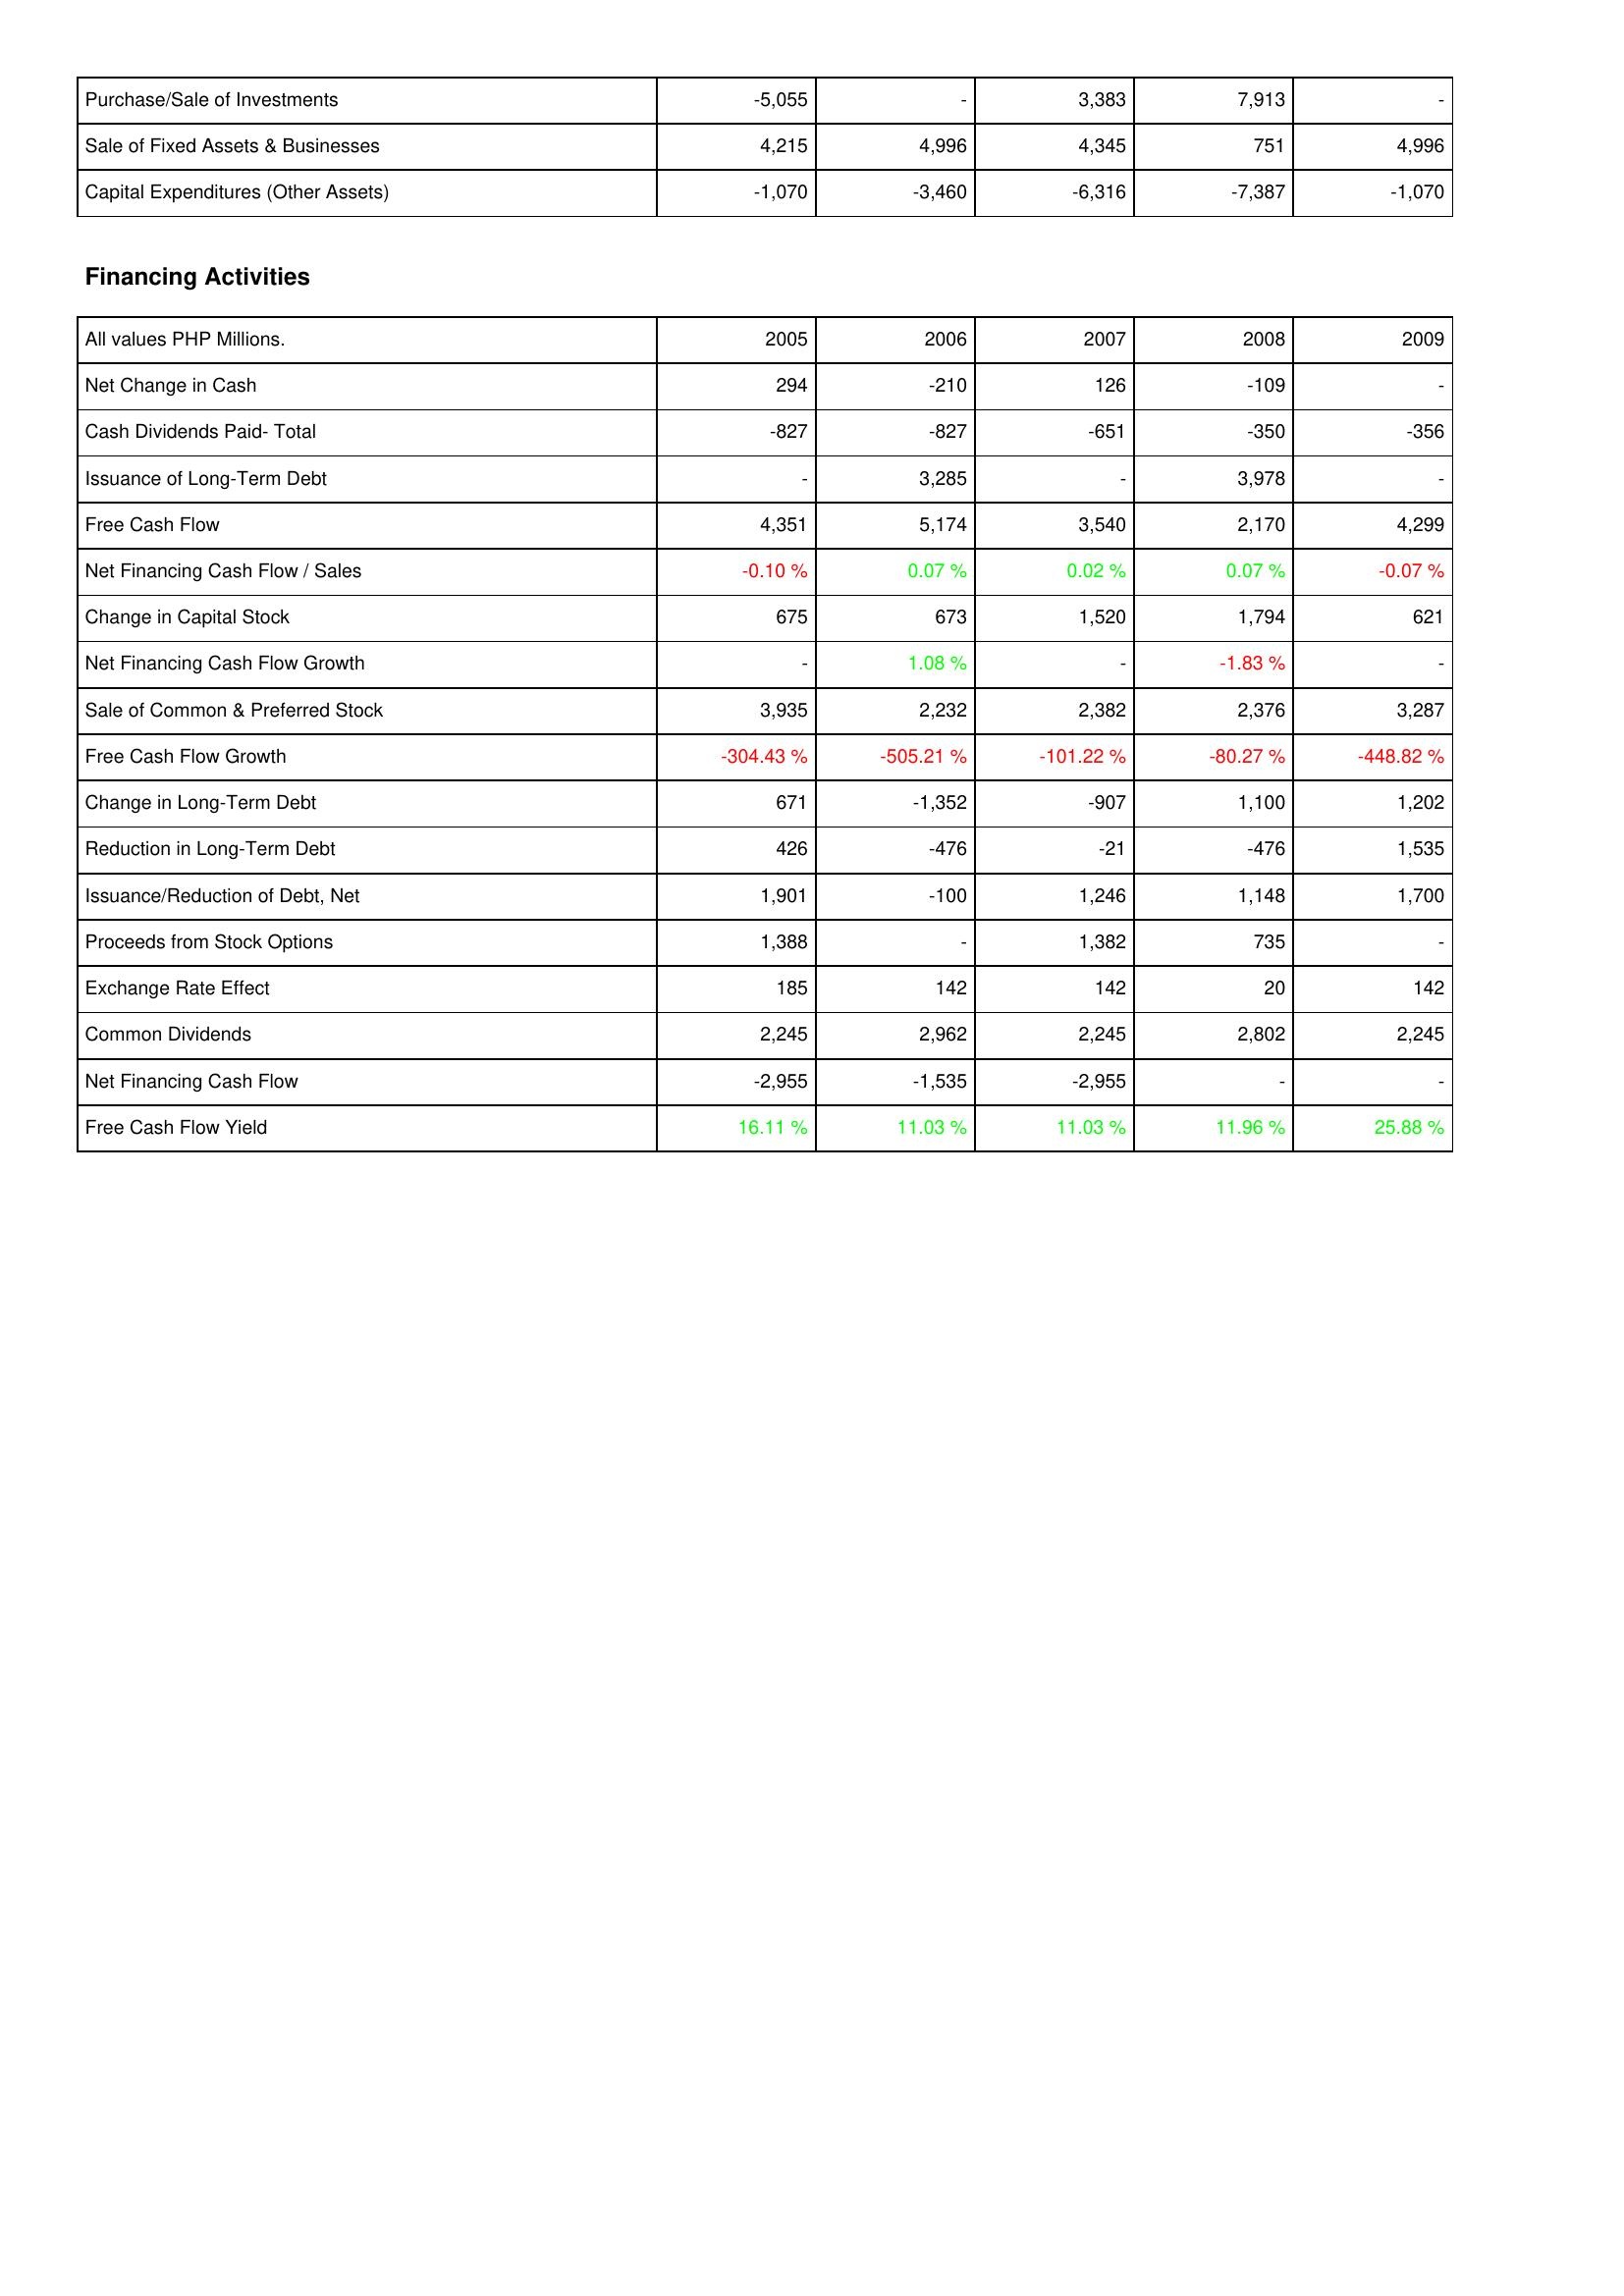
2005: Investing Activities: Purchase/Sale of Investments: -5,055
Sale of Fixed Assets & Businesses: 4,215
Capital Expenditures (Other Assets): -1,070
Financing Activities: Net Change in Cash: 294
Cash Dividends Paid- Total: -827
Issuance of Long-Term Debt: -
Free Cash Flow: 4,351
Net Financing Cash Flow / Sales: -0.10 %
Change in Capital Stock: 675
Net Financing Cash Flow Growth: -
Sale of Common & Preferred Stock: 3,935
Free Cash Flow Growth: -304.43 %
Change in Long-Term Debt: 671
Reduction in Long-Term Debt: 426
Issuance/Reduction of Debt, Net: 1,901
Proceeds from Stock Options: 1,388
Exchange Rate Effect: 185
Common Dividends: 2,245
Net Financing Cash Flow: -2,955
Free Cash Flow Yield: 16.11 %
2006: Investing Activities: Purchase/Sale of Investments: -
Sale of Fixed Assets & Businesses: 4,996
Capital Expenditures (Other Assets): -3,460
Financing Activities: Net Change in Cash: -210
Cash Dividends Paid- Total: -827
Issuance of Long-Term Debt: 3,285
Free Cash Flow: 5,174
Net Financing Cash Flow / Sales: 0.07 %
Change in Capital Stock: 673
Net Financing Cash Flow Growth: 1.08 %
Sale of Common & Preferred Stock: 2,232
Free Cash Flow Growth: -505.21 %
Change in Long-Term Debt: -1,352
Reduction in Long-Term Debt: -476
Issuance/Reduction of Debt, Net: -100
Proceeds from Stock Options: -
Exchange Rate Effect: 142
Common Dividends: 2,962
Net Financing Cash Flow: -1,535
Free Cash Flow Yield: 11.03 %
2007: Investing Activities: Purchase/Sale of Investments: 3,383
Sale of Fixed Assets & Businesses: 4,345
Capital Expenditures (Other Assets): -6,316
Financing Activities: Net Change in Cash: 126
Cash Dividends Paid- Total: -651
Issuance of Long-Term Debt: -
Free Cash Flow: 3,540
Net Financing Cash Flow / Sales: 0.02 %
Change in Capital Stock: 1,520
Net Financing Cash Flow Growth: -
Sale of Common & Preferred Stock: 2,382
Free Cash Flow Growth: -101.22 %
Change in Long-Term Debt: -907
Reduction in Long-Term Debt: -21
Issuance/Reduction of Debt, Net: 1,246
Proceeds from Stock Options: 1,382
Exchange Rate Effect: 142
Common Dividends: 2,245
Net Financing Cash Flow: -2,955
Free Cash Flow Yield: 11.03 %
2008: Investing Activities: Purchase/Sale of Investments: 7,913
Sale of Fixed Assets & Businesses: 751
Capital Expenditures (Other Assets): -7,387
Financing Activities: Net Change in Cash: -109
Cash Dividends Paid- Total: -350
Issuance of Long-Term Debt: 3,978
Free Cash Flow: 2,170
Net Financing Cash Flow / Sales: 0.07 %
Change in Capital Stock: 1,794
Net Financing Cash Flow Growth: -1.83 %
Sale of Common & Preferred Stock: 2,376
Free Cash Flow Growth: -80.27 %
Change in Long-Term Debt: 1,100
Reduction in Long-Term Debt: -476
Issuance/Reduction of Debt, Net: 1,148
Proceeds from Stock Options: 735
Exchange Rate Effect: 20
Common Dividends: 2,802
Net Financing Cash Flow: -
Free Cash Flow Yield: 11.96 %
2009: Investing Activities: Purchase/Sale of Investments: -
Sale of Fixed Assets & Businesses: 4,996
Capital Expenditures (Other Assets): -1,070
Financing Activities: Net Change in Cash: -
Cash Dividends Paid- Total: -356
Issuance of Long-Term Debt: -
Free Cash Flow: 4,299
Net Financing Cash Flow / Sales: -0.07 %
Change in Capital Stock: 621
Net Financing Cash Flow Growth: -
Sale of Common & Preferred Stock: 3,287
Free Cash Flow Growth: -448.82 %
Change in Long-Term Debt: 1,202
Reduction in Long-Term Debt: 1,535
Issuance/Reduction of Debt, Net: 1,700
Proceeds from Stock Options: -
Exchange Rate Effect: 142
Common Dividends: 2,245
Net Financing Cash Flow: -
Free Cash Flow Yield: 25.88 %